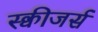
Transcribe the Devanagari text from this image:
स्क्वीजर्स